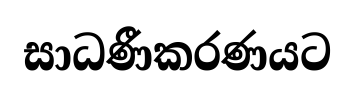
සාධණීකරණයට